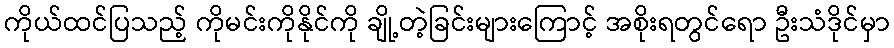
ကိုယ်ထင်ပြသည့် ကိုမင်းကိုနိုင်ကို ချို့တဲ့ခြင်းများကြောင့် အစိုးရတွင်ရော ဦးသံဒိုင်မှာ